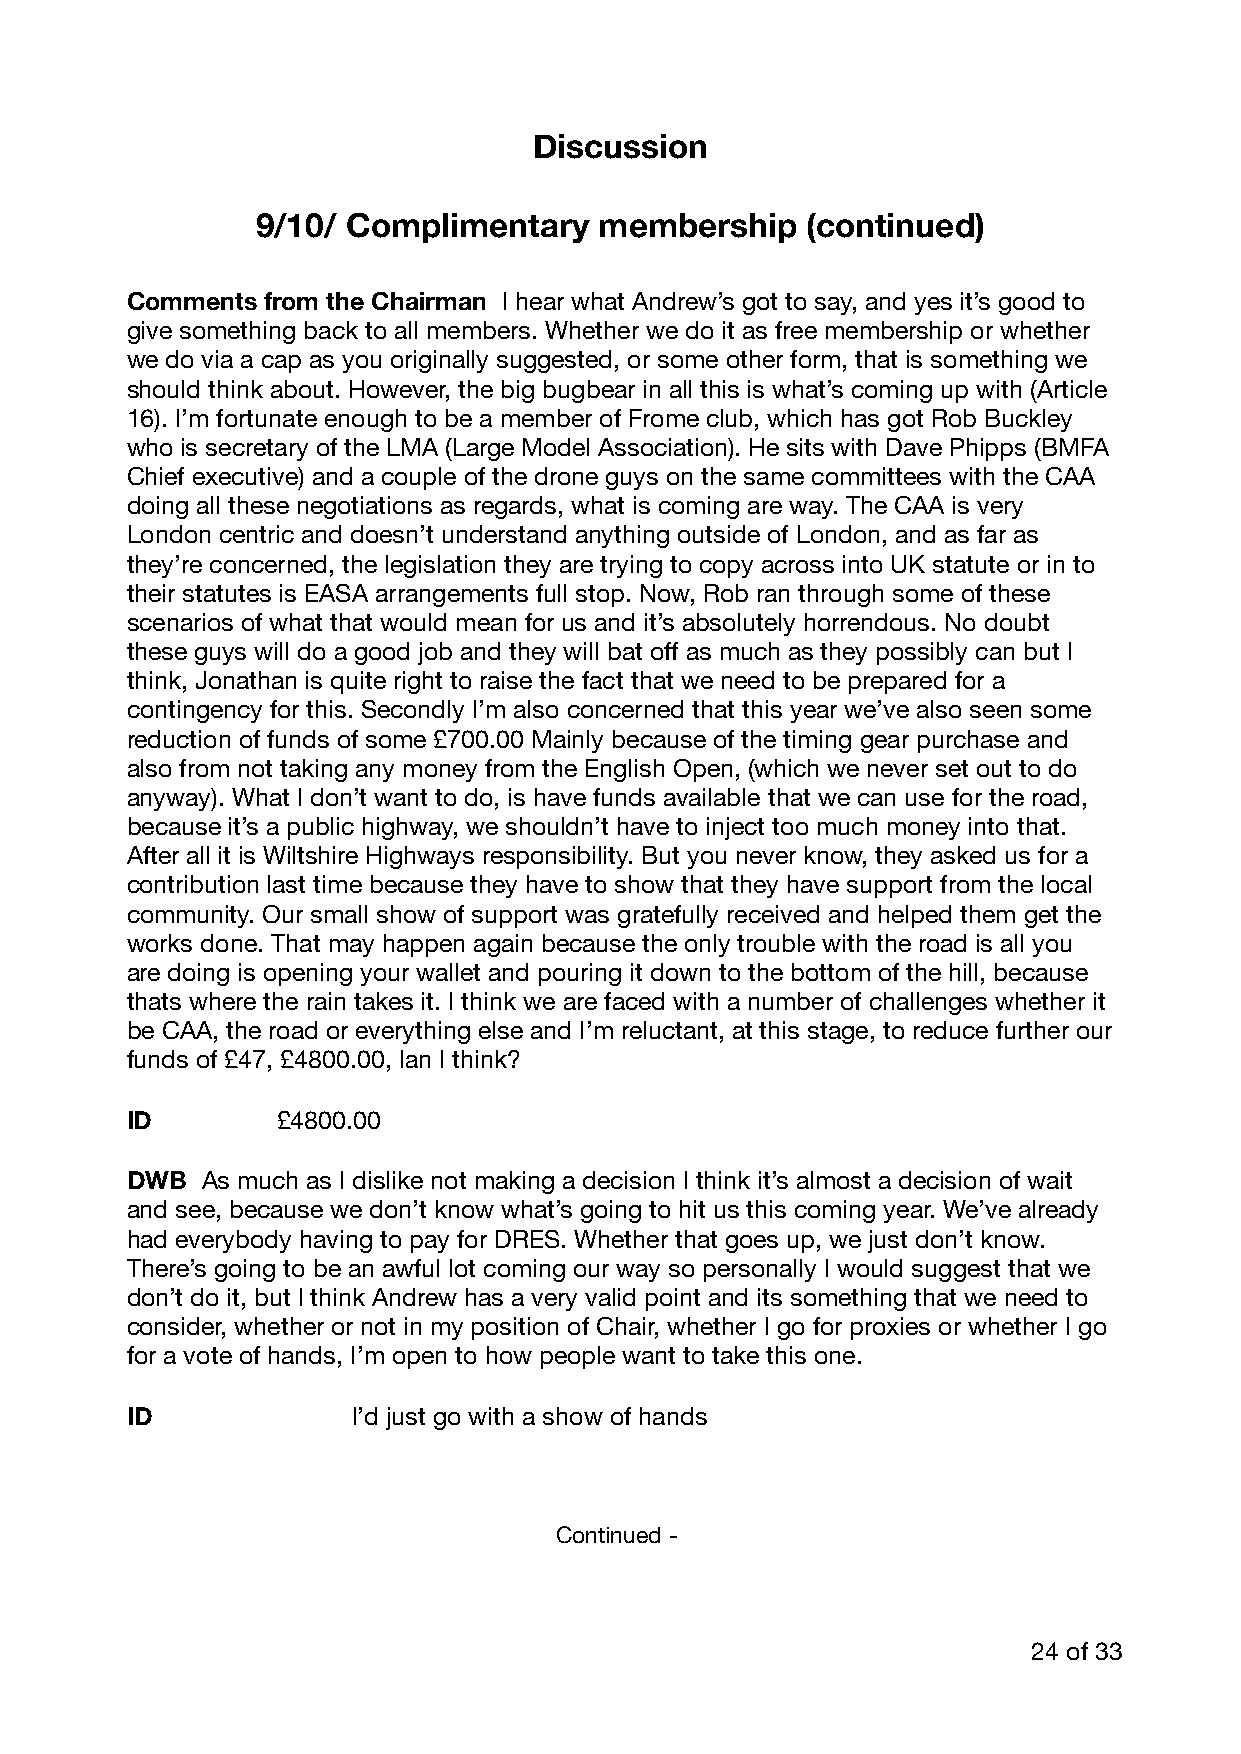
Discussion
 9/10/ Complimentary    membership   (continued)
 Comments from the Chairman I hear what Andrew’s got to say, and yes it’s good to
 give something back to all members. Whether we do it as free membership or whether
 we do via a cap as you originally suggested, or some other form, that is something we
 should think about. However, the big bugbear in all this is what’s coming up with (Article
 16). I’m fortunate enough to be a member of Frome club, which has got Rob Buckley
 who is secretary of the LMA (Large Model Association). He sits with Dave Phipps (BMFA
 Chief executive) and a couple of the drone guys on the same committees with the CAA
 doing all these negotiations as regards, what is coming are way. The CAA is very
 London centric and doesn’t understand anything outside of London, and as far as
 they’re concerned, the legislation they are trying to copy across into UK statute or in to
 their statutes is EASA arrangements full stop. Now, Rob ran through some of these
 scenarios of what that would mean for us and it’s absolutely horrendous. No doubt
 these guys will do a good job and they will bat off as much as they possibly can but I
 think, Jonathan is quite right to raise the fact that we need to be prepared for a
 contingency for this. Secondly I’m also concerned that this year we’ve also seen some
 reduction of funds of some £700.00 Mainly because of the timing gear purchase and
 also from not taking any money from the English Open, (which we never set out to do
 anyway). What I don’t want to do, is have funds available that we can use for the road,
 because it’s a public highway, we shouldn’t have to inject too much money into that.
 After all it is Wiltshire Highways responsibility. But you never know, they asked us for a
 contribution last time because they have to show that they have support from the local
 community. Our small show of support was gratefully received and helped them get the
 works done. That may happen again because the only trouble with the road is all you
 are doing is opening your wallet and pouring it down to the bottom of the hill, because
 thats where the rain takes it. I think we are faced with a number of challenges whether it
 be CAA, the road or everything else and I’m reluctant, at this stage, to reduce further our
 funds of £47, £4800.00, Ian I think?
 ID        £4800.00
 DWB  As much as I dislike not making a decision I think it’s almost a decision of wait
 and see, because we don’t know what’s going to hit us this coming year. We’ve already
 had everybody having to pay for DRES. Whether that goes up, we just don’t know.
 There’s going to be an awful lot coming our way so personally I would suggest that we
 don’t do it, but I think Andrew has a very valid point and its something that we need to
 consider, whether or not in my position of Chair, whether I go for proxies or whether I go
 for a vote of hands, I’m open to how people want to take this one.
 ID             I’d just go with a show of hands
 Continued -
 24 of 33